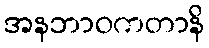
အနဘာဝကတာနိ